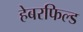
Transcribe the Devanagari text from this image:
हेबरफिल्ड